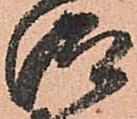
仰